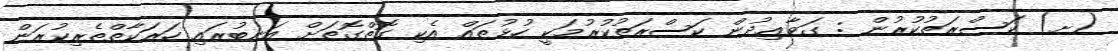
(ށ) ކަސްރަތުކުރުން : ގަވާޢިދުން ކަސްރަތުކުރުމަކީ ހުޅުތައް އެކި ގޮތްގޮތަށް އަނބުރައި ހަރަކާތްތެރިކުރަން